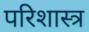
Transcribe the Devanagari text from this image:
परिशास्त्र